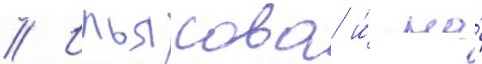
// Ильясова и́ на́